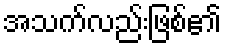
အသက်လည်းဖြစ်၏